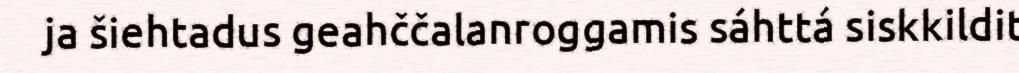
ja šiehtadus geahččalanroggamis sáhttá siskkildit